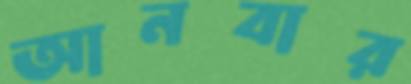
আনবার